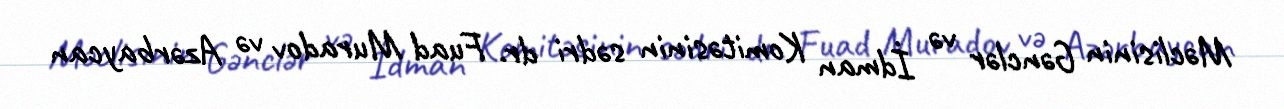
Məclisinin Gənclər və İdman Komitəsinin sədri dr. Fuad Muradov və Azərbaycan